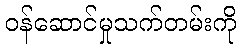
ဝန်ဆောင်မှုသက်တမ်းကို